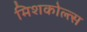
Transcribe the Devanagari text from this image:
मिशकोल्त्स